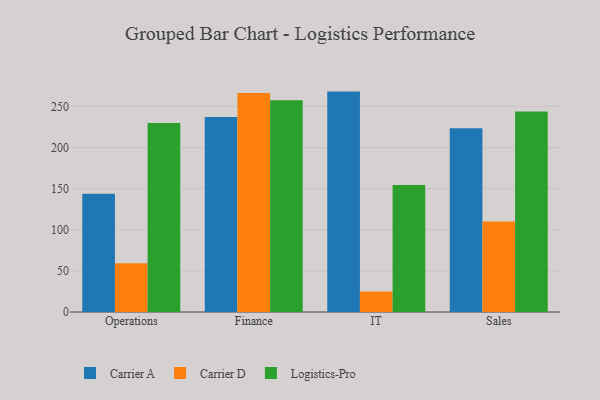
{"axis": {"x": "Department", "y": "Shipments"}, "legend": ["Carrier A", "Carrier D", "Logistics-Pro"], "data": [{"x": "Operations", "y": 143.9, "type": "Carrier A"}, {"x": "Operations", "y": 59.3, "type": "Carrier D"}, {"x": "Operations", "y": 229.9, "type": "Logistics-Pro"}, {"x": "Finance", "y": 237.1, "type": "Carrier A"}, {"x": "Finance", "y": 266.2, "type": "Carrier D"}, {"x": "Finance", "y": 257.5, "type": "Logistics-Pro"}, {"x": "IT", "y": 268.0, "type": "Carrier A"}, {"x": "IT", "y": 24.8, "type": "Carrier D"}, {"x": "IT", "y": 154.5, "type": "Logistics-Pro"}, {"x": "Sales", "y": 223.5, "type": "Carrier A"}, {"x": "Sales", "y": 109.9, "type": "Carrier D"}, {"x": "Sales", "y": 243.9, "type": "Logistics-Pro"}]}